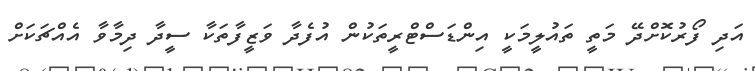
އަދިި ފޯރުކޮށްދޭ މަތީ ތައުލީމަކީ އިންޑަސްޓްރީތަކުން އުފެދާ ވަޒީފާތަކާ ސީދާ ދިމާވާ އެއްޗަކަށް